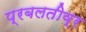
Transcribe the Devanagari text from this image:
प्रबलतीव्र